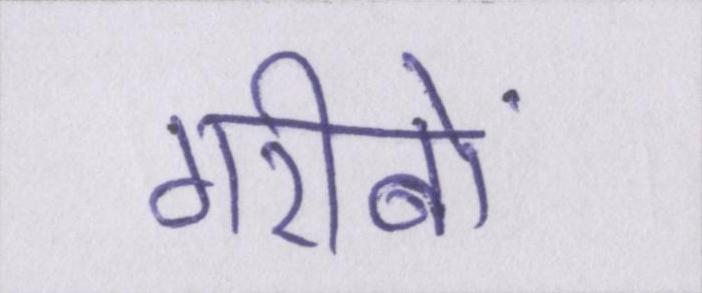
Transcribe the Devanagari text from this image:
गरीबों